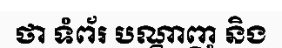
ថា ទំព័រ បណ្តាញ និង